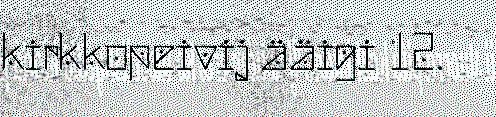
kirkkopeivij ääigi 12.